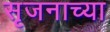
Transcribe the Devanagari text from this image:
सृजनाच्या